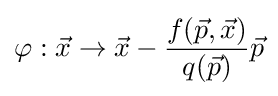
\varphi :{\vec {x}}\rightarrow {\vec {x}}-{\frac {f({\vec {p}},{\vec {x}})}{q({\vec {p}})}}{\vec {p}}